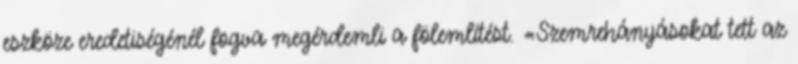
eszköze eredetiségénél fogva megérdemli a fölemlítést. «Szemrehányásokat tett az